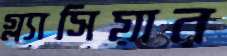
গ্ল্যাসিয়ার